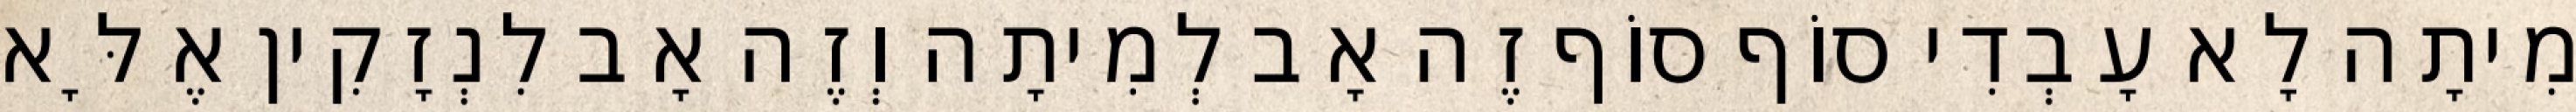
מִיתָה לָא עָבְדִי סוֹף סוֹף זֶה אָב לְמִיתָה וְזֶה אָב לִנְזָקִין אֶלָּא